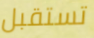
تستقبل